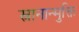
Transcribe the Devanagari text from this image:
स्नानान्मुक्ति